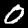
Label: 0